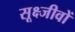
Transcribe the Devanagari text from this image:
सूक्ष्जीवों